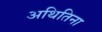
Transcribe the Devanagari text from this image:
अथितिना